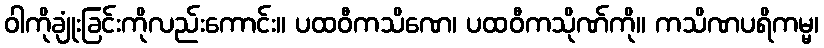
ဝါကိုချုံးခြင်းကိုလည်းကောင်း။ ပထဝီကသိဏေ၊ ပထဝီကသိုဏ်ကို။ ကသိဏပရိကမ္မ၊